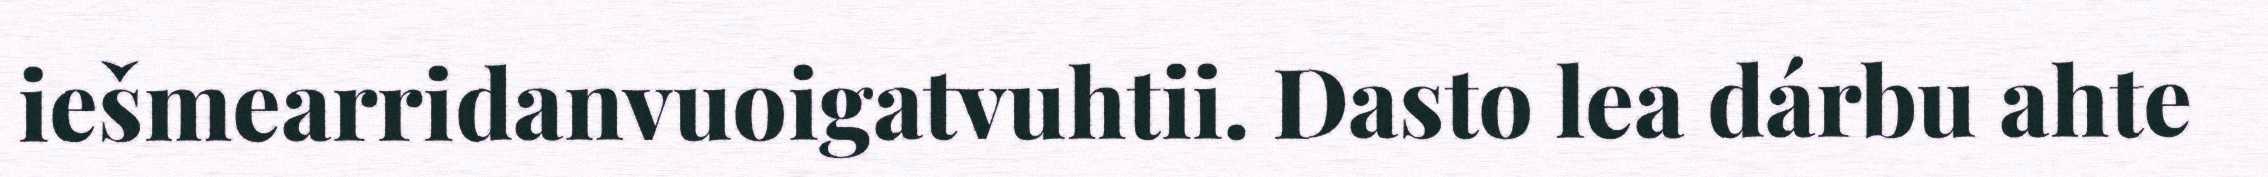
iešmearridanvuoigatvuhtii. Dasto lea dárbu ahte